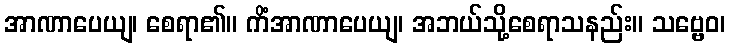
အာဏာပေယျ၊ စေရာ၏။ ကိံအာဏာပေယျ၊ အဘယ်သို့စေရာသနည်း။ သဗ္ဗေဝ၊